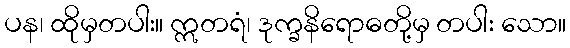
ပန၊ ထိုမှတပါး။ ဣတရံ၊ ဒုက္ခနိရောဓတို့မှ တပါး သော။